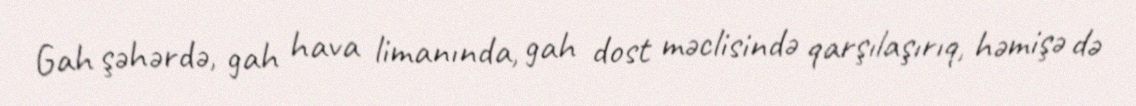
Gah şəhərdə, gah hava limanında, gah dost məclisində qarşılaşırıq, həmişə də